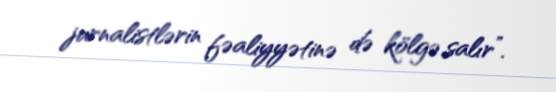
jurnalistlərin fəaliyyətinə də kölgə salır”.